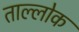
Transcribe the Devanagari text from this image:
ताल्लोक